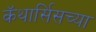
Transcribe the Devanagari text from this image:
कॅथार्सिसच्या